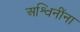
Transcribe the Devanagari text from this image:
अश्विनींना